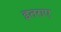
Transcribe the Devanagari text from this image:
इतराए